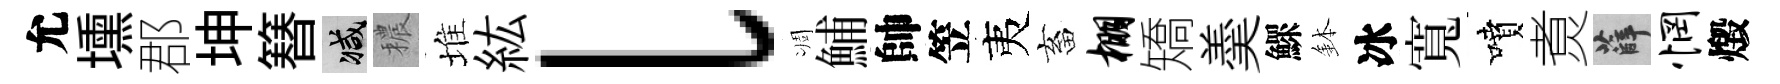
允壎郡坤簮减穠堆紘l凋鯆帥笠夷畜棚矯羮鰥鉢冰寬噴煑薛惘燬